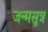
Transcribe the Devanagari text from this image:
जन्मसूत्र